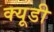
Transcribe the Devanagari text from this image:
क्यूडी